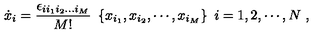
\dot { x } _ { i } = \frac { \epsilon _ { i i _ { 1 } i _ { 2 } . . . i _ { M } } } { M ! } \ \left\{ x _ { i _ { 1 } } , x _ { i _ { 2 } } , \cdots , x _ { i _ { M } } \right\} \ i = 1 , 2 , \cdots , N \ ,